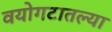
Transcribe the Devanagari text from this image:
वयोगटातल्या